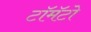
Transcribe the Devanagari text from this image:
टॉमॅटो